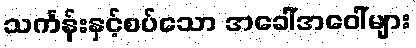
သင်္ကန်းနှင့်စပ်သော အခေါ်အဝေါ်များ